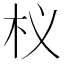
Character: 𭩚